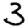
Digit: 3